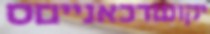
יקושדכאנייםס